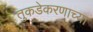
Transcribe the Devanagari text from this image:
तुकडेकरणाच्या